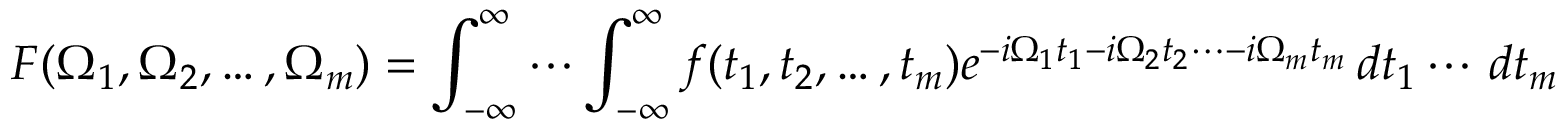
F ( \Omega _ { 1 } , \Omega _ { 2 } , \ldots , \Omega _ { m } ) = \int _ { - \infty } ^ { \infty } \cdots \int _ { - \infty } ^ { \infty } f ( t _ { 1 } , t _ { 2 } , \ldots , t _ { m } ) e ^ { - i \Omega _ { 1 } t _ { 1 } - i \Omega _ { 2 } t _ { 2 } \cdots - i \Omega _ { m } t _ { m } } \, d t _ { 1 } \cdots \, d t _ { m }